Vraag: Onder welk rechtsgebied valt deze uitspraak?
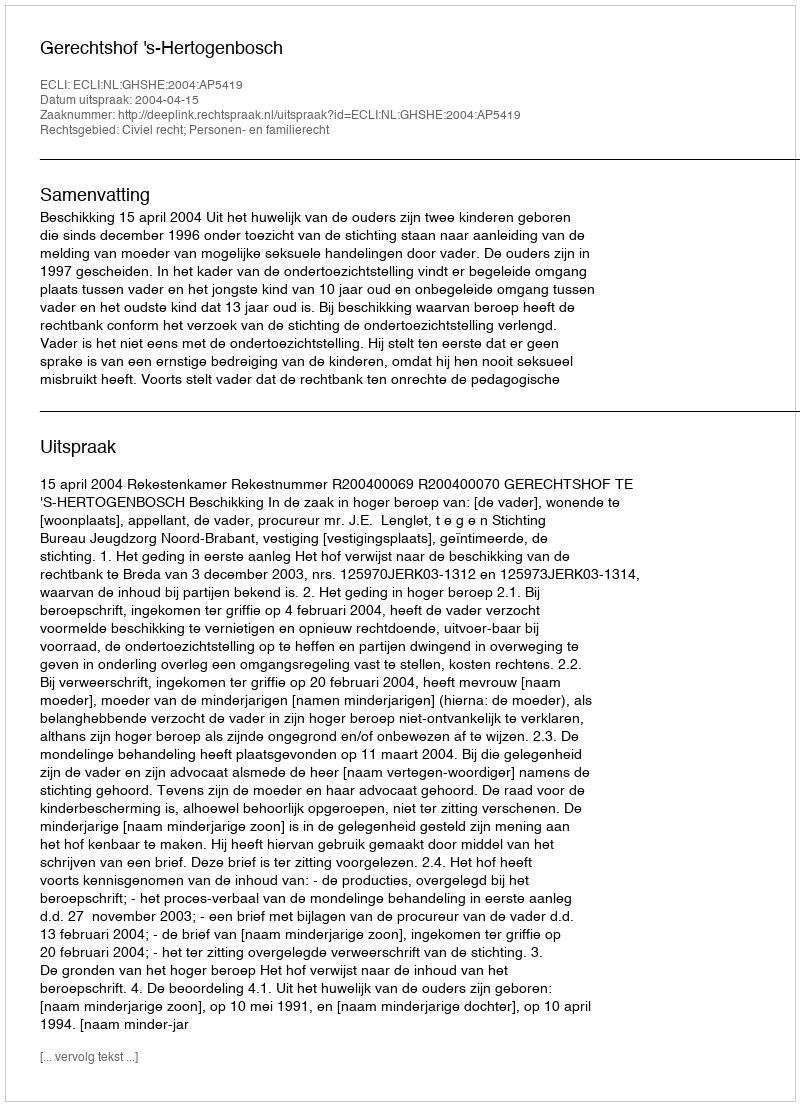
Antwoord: Civiel recht; Personen- en familierecht